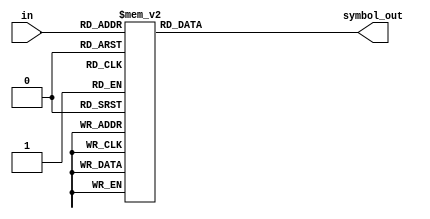
//symbol and mask code selection logic 

module symbol_select(
                  input [2:0] in,
                  output reg [3:0] symbol_out
);

    always @ (*) begin

      case(in) 
        3'b000:      symbol_out = 4'b0010;    //A morse code 
        3'b001:      symbol_out = 4'b0001;    //B morse code
        3'b010:      symbol_out = 4'b0101;    //C morse code
        3'b011:      symbol_out = 4'b0001;    //D morse code
        3'b100:      symbol_out = 4'b0000;    //E morse code
        3'b101:      symbol_out = 4'b0100;    //F morse code
        3'b110:      symbol_out = 4'b0011;    //G morse code
        3'b111:      symbol_out = 4'b0000;    //H morse code
        default:     symbol_out = 4'b1111;
      endcase

    end

endmodule